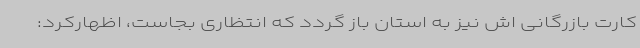
کارت بازرگانی اش نیز به استان باز گردد که انتظاری بجاست، اظهارکرد: